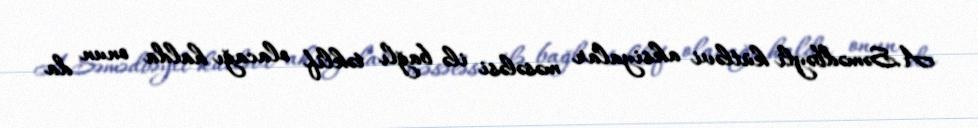
A.Səmədbəyli kütləvi aksiyalar məsələsi ilə bağlı təklif olacağı halda onun da